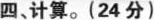
四.计算。(24分)